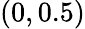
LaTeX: (0,0.5)